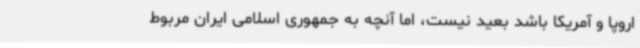
اروپا و آمریکا باشد بعید نیست، اما آنچه به جمهوری اسلامی ایران مربوط